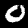
Digit: 0